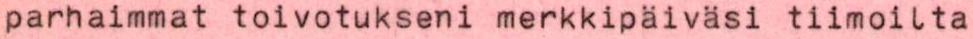
parhaimmat toivotukseni merkkipäiväsi tiimoilta